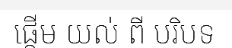
ផ្តើម យល់ ពី បរិបទ